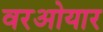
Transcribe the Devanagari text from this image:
वरओयार